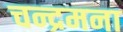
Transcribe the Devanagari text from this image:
चन्द्रमना